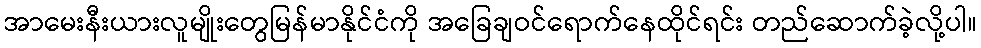
အာမေးနီးယားလူမျိုးတွေမြန်မာနိုင်ငံကို အခြေချဝင်ရောက်နေထိုင်ရင်း တည်ဆောက်ခဲ့လို့ပါ။